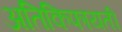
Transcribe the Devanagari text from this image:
अतिकिफायती